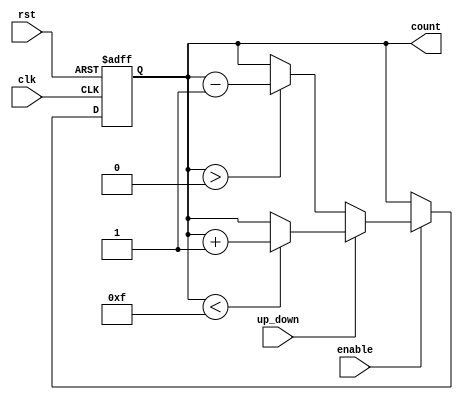
module up_down_counter (
    input wire clk,            // Clock signal
    input wire rst,            // Asynchronous reset
    input wire up_down,        // Up/Down control signal
    input wire enable,         // Enable signal
    output reg [N-1:0] count   // Counter output
);
    parameter N = 4;           // Width of the counter (number of bits)

    // Asynchronous reset and counting logic
    always @(posedge clk or posedge rst) begin
        if (rst) begin
            count <= 0;        // Reset the counter to 0
        end else if (enable) begin
            if (up_down) begin
                // Count up
                if (count < (1 << N) - 1) begin
                    count <= count + 1; // Increment count
                end
            end else begin
                // Count down
                if (count > 0) begin
                    count <= count - 1; // Decrement count
                end
            end
        end
    end
endmodule